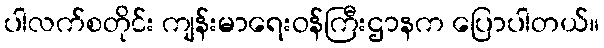
ပါလက်စတိုင်း ကျန်းမာရေးဝန်ကြီးဌာနက ပြောပါတယ်။